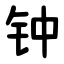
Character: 钟